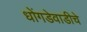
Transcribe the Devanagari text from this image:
धोंगडेवाडीचे